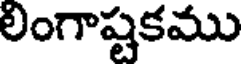
లింగాష్టకము